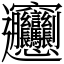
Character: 𰻞